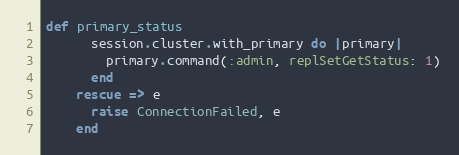
Language: Ruby
def primary_status
      session.cluster.with_primary do |primary|
        primary.command(:admin, replSetGetStatus: 1)
      end
    rescue => e
      raise ConnectionFailed, e
    end